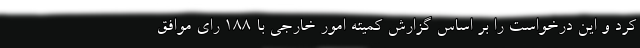
کرد و این درخواست را بر اساس گزارش کمیته امور خارجی با ۱۸۸ رای موافق